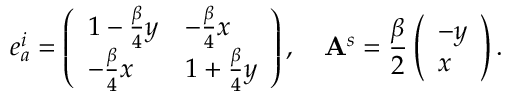
e _ { a } ^ { i } = \left( \begin{array} { l l } { 1 - \frac { \beta } { 4 } y } & { - \frac { \beta } { 4 } x } \\ { - \frac { \beta } { 4 } x } & { 1 + \frac { \beta } { 4 } y } \end{array} \right) , \quad \mathbf { A } ^ { s } = \frac { \beta } { 2 } \left( \begin{array} { l } { - y } \\ { x } \end{array} \right) .